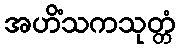
အဟိံသကသုတ္တံ